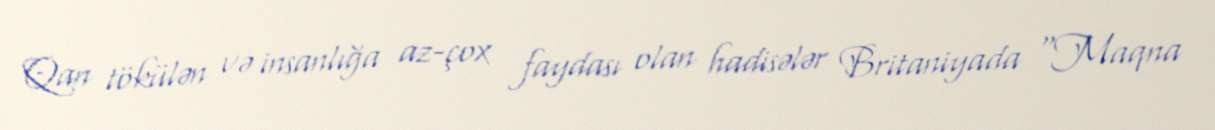
Qan tökülən və insanlığa az-çox faydası olan hadisələr Britaniyada "Maqna